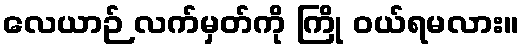
လေယာဉ် လက်မှတ်ကို ကြို ဝယ်ရမလား။